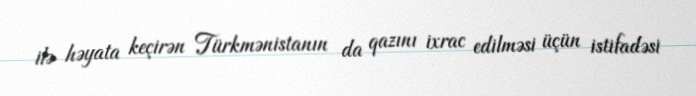
ilə həyata keçirən Türkmənistanın da qazını ixrac edilməsi üçün istifadəsi